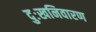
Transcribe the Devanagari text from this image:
दुःखनिवारण